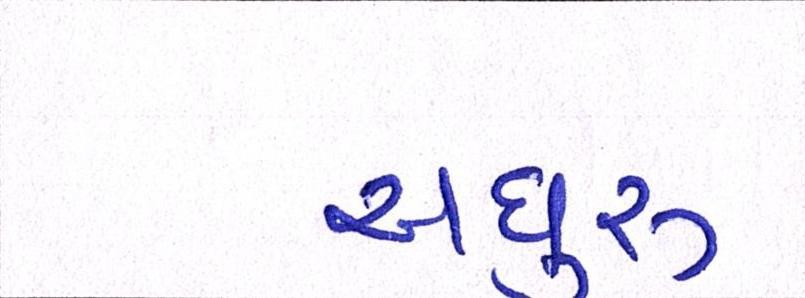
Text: અધુરુ